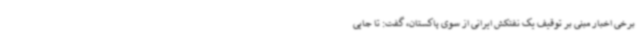
برخی اخبار مبنی بر توقیف یک نفتکش ایرانی از سوی پاکستان، گفت: تا جایی